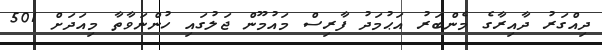
ދިއްގަރު ދާއިރާގެ މެންބަރު އަޙުމަދު ފާރިސް މައުމޫން ޖަލުގައި ހުންނަވާތާ މިއަދަށް 501